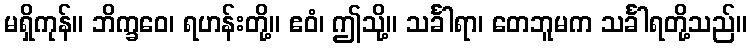
မရှိကုန်။ ဘိက္ခဝေ၊ ရဟန်းတို့။ ဧဝံ၊ ဤသို့။ သင်္ခါရာ၊ တေဘူမက သင်္ခါရတို့သည်။